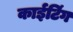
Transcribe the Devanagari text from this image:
काईटिंग